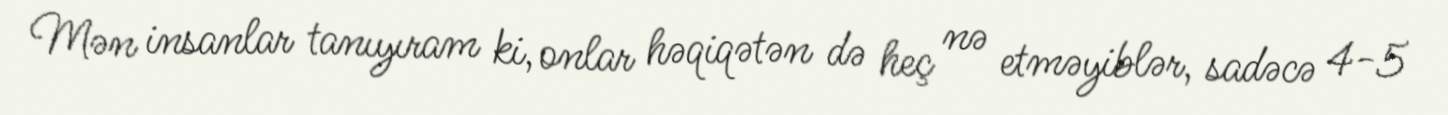
Mən insanlar tanıyıram ki, onlar həqiqətən də heç nə etməyiblər, sadəcə 4-5